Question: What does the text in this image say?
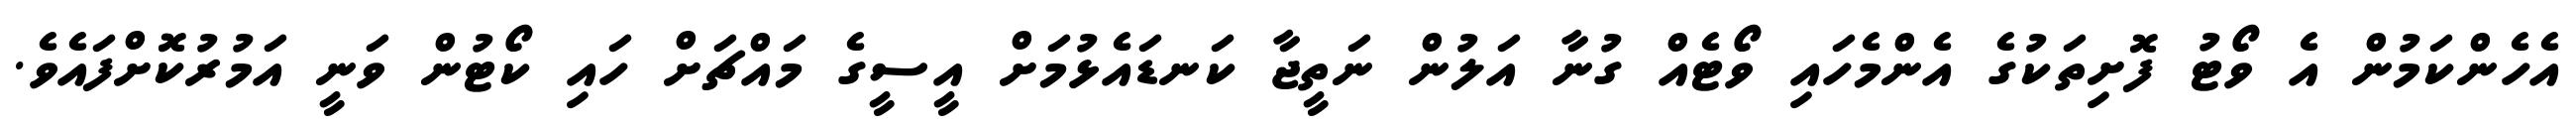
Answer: އެހެންކަމުން އެ ވޯޓު ފޮށިތަކުގެ އެންމެހައި ވޯޓެއް ގުނާ އަލުން ނަތީޖާ ކަނޑައެޅުމަށް އީސީގެ މައްޗަށް ހައި ކޯޓުން ވަނީ އަމުރުކޮށްފައެވެ.